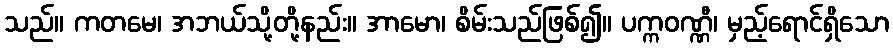
သည်။ ကတမေ၊ အဘယ်သို့တို့နည်း။ အာမော၊ စိမ်းသည်ဖြစ်၍။ ပက္ကဝဏ္ဏီ၊ မှည့်ရောင်ရှိသော